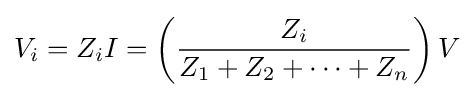
V_{i}=Z_{i}I=\left({\frac {Z_{i}}{Z_{1}+Z_{2}+\cdots +Z_{n}}}\right)V